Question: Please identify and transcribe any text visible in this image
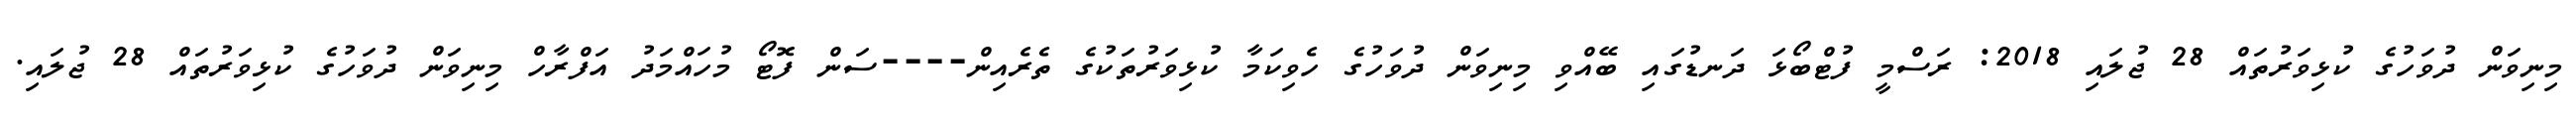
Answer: މިނިވަން ދުވަހުގެ ކުޅިވަރުތައް 28 ޖުލައި 2018: ރަސްމީ ފުޓްބޯޅަ ދަނޑުގައި ބޭއްވި މިނިވަން ދުވަހުގެ ހެވިކަމާ ކުޅިވަރުތަކުގެ ތެރެއިން----ސަން ފޮޓޯ މުހައްމަދު އަފްރާހް މިނިވަން ދުވަހުގެ ކުޅިވަރުތައް 28 ޖުލައި.